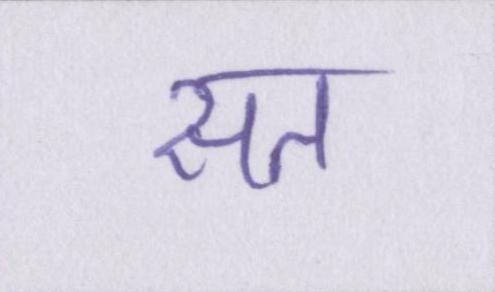
सत